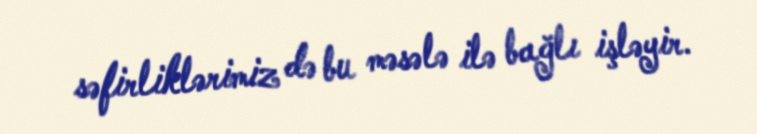
səfirliklərimiz də bu məsələ ilə bağlı işləyir.